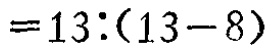
$=13:(13 - 8)$